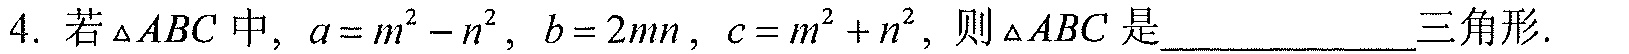
4. 若$\triangle ABC$中, $a = m^{2}-n^{2}$, $b = 2mn$, $c = m^{2}+n^{2}$, 则$\triangle ABC$是______________三角形.